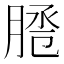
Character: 𦜕